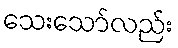
သေးသော်လည်း